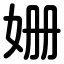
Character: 姗